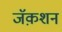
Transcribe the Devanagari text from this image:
जॅक़शन